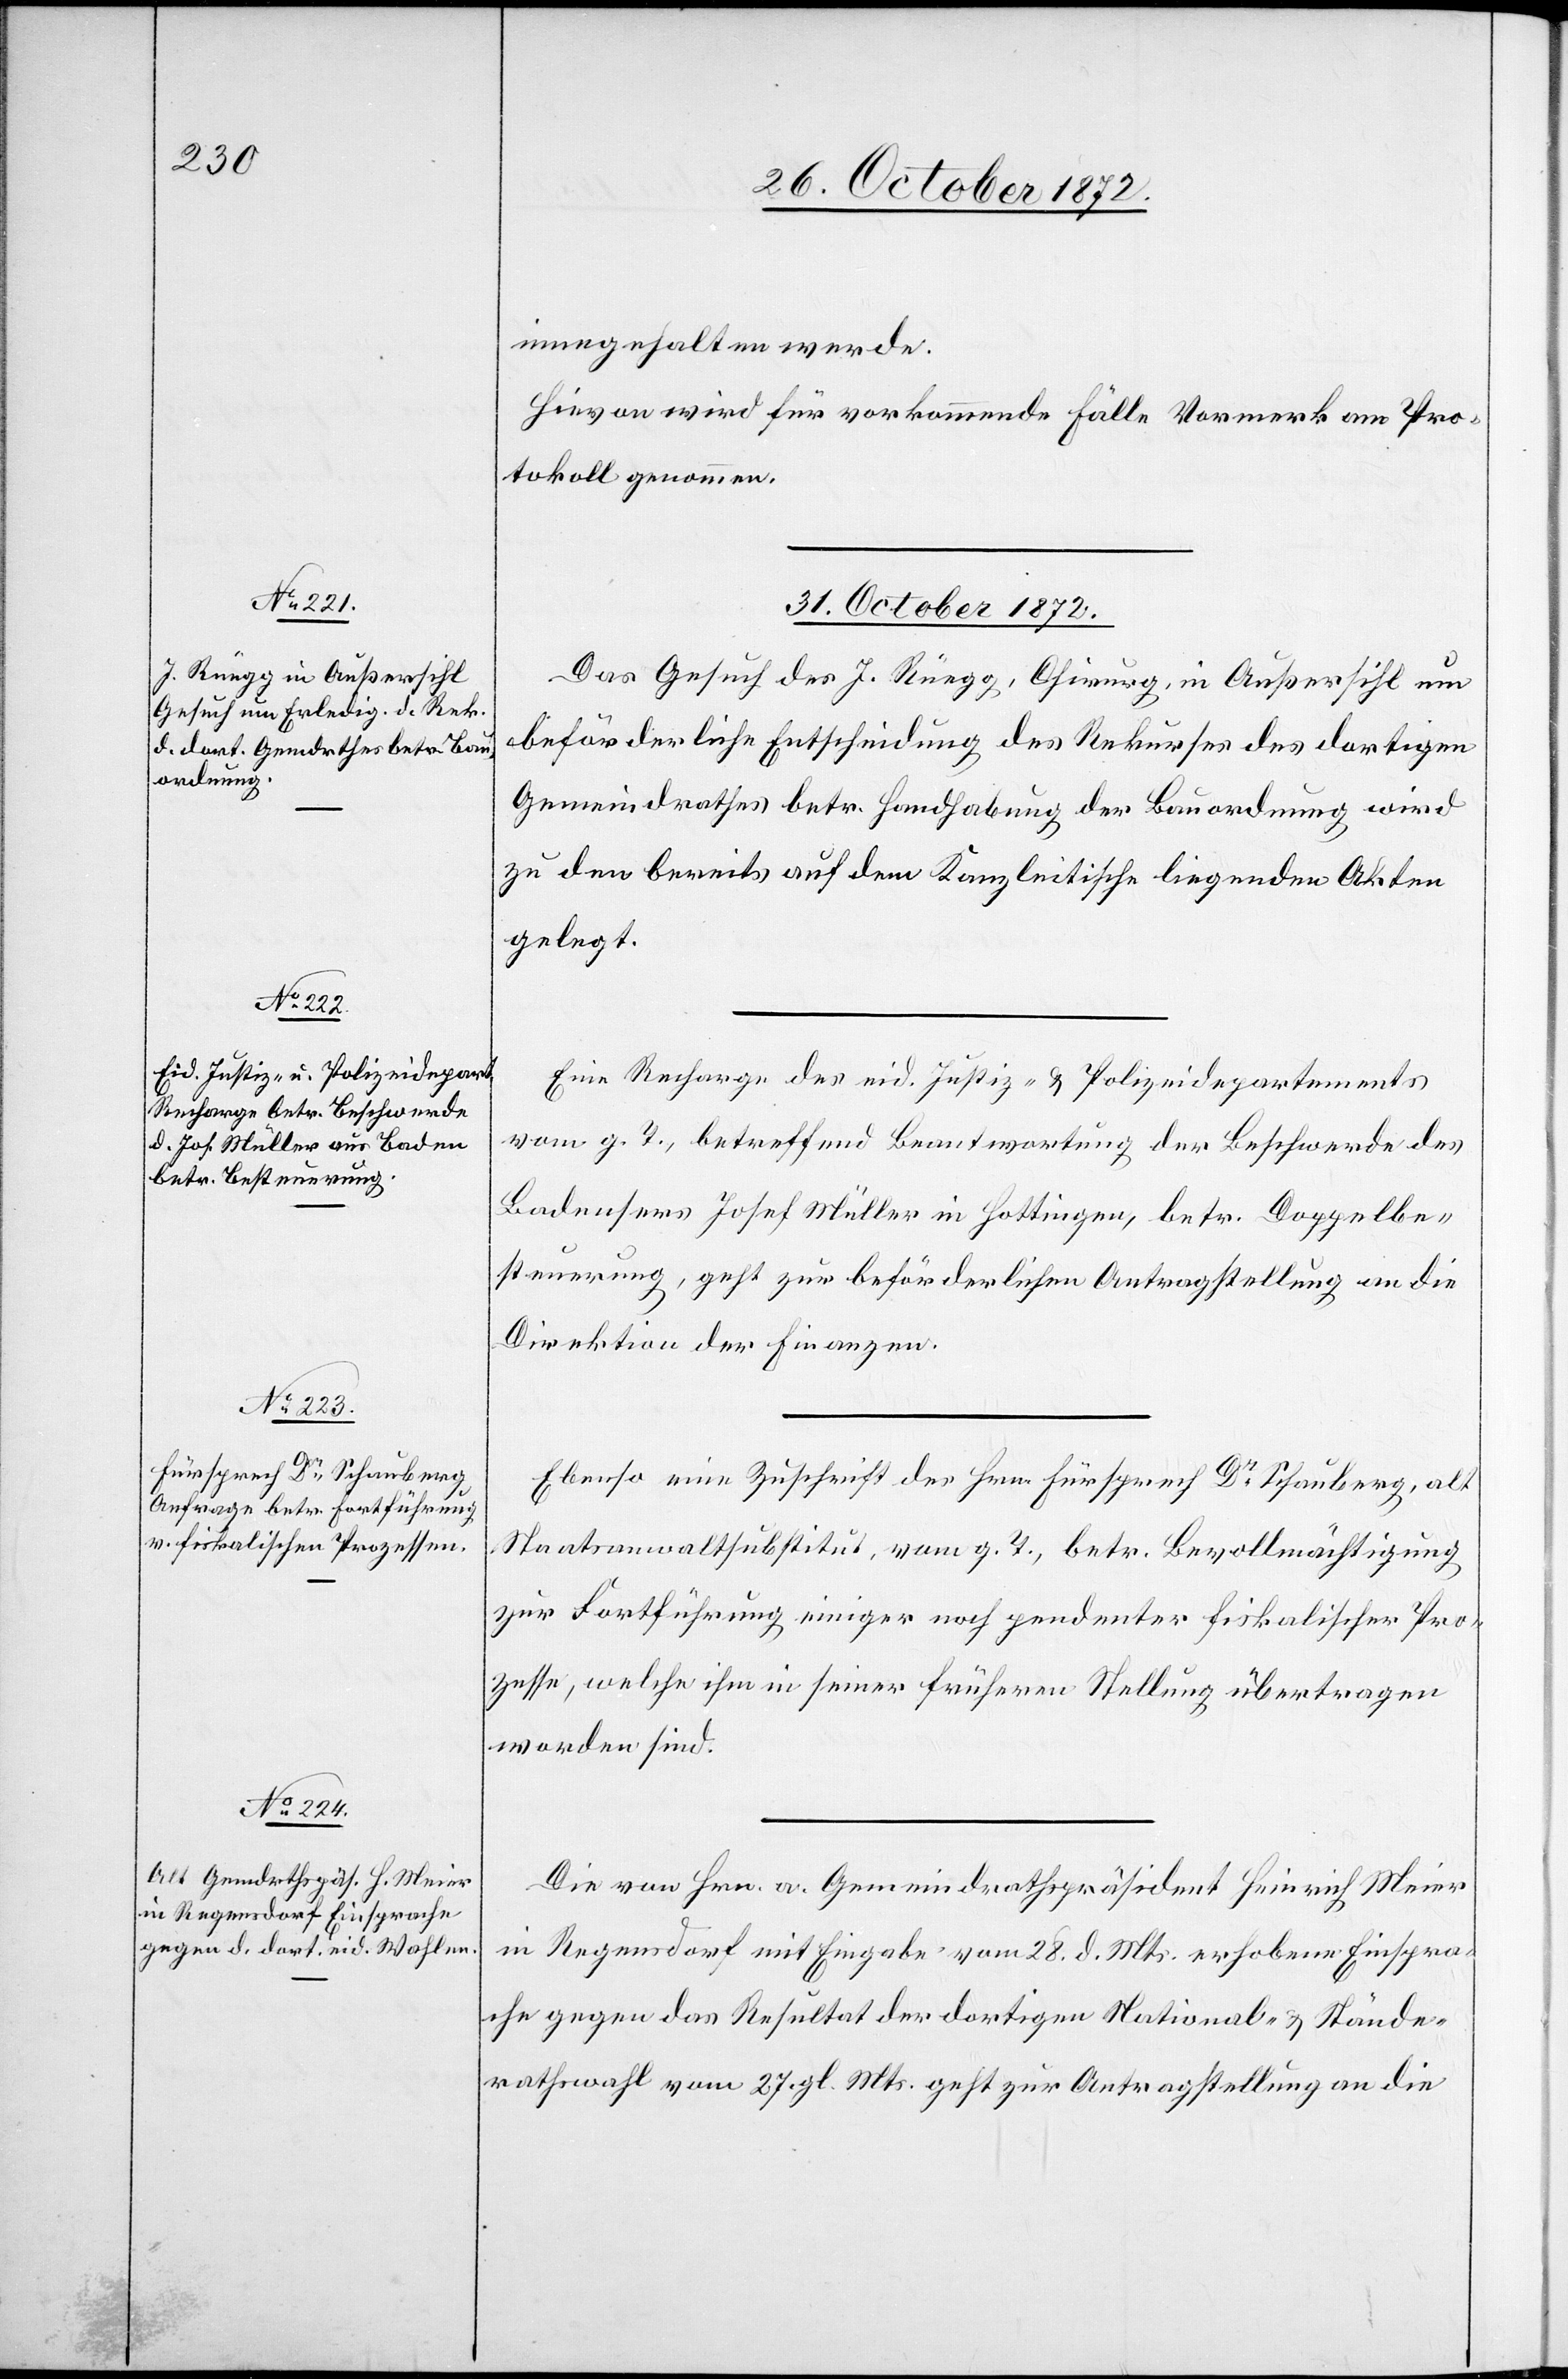
innegehalten werde.
Hievon wird für vorkommende Fälle Vormerk am Pro¬
tokoll genommen.
31. October 1872.]
Das Gesuch des J. Rüegg, Chirurg, in Außersihl um
beförderliche Entscheidung des Rekurses des dortigen
Gemeindrathes betr. Handhabung der Bauordnung wird
zu den bereits auf dem Kanzleitische liegenden Akten
gelegt.
Eine Recharge des eid. Justiz- u. Polizeidepartements
vom g. T., betreffend Beantwortung der Beschwerde des
Badensers Josef Müller in Hottingen, betr. Doppelbe¬
steuerung, geht zur beförderlichen Antragstellung an die
Direktion der Finanzen.
Ebenso eine Zuschrift des Hrn. Fürsprech Dr Schauberg, alt
Staatsanwaltsubstitut, vom g. T., betr. Bevollmächtigung
zur Fortführung einiger noch pendenter fiskalischer Pro¬
zesse, welche ihm in seiner früheren Stellung übertragen
worden sind.
Die von Hrn. a. Gemeindrathspräsident Heinrich Meier
in Regensdorf mit Eingabe vom 28. d. Mts. erhobene Einspra¬
che gegen das Resultat der dortigen National- u. Stände¬
rathswahl vom 27. gl. Mts. geht zur Antragstellung an die